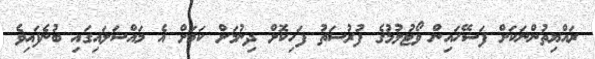
ރައްޔިތުންނަކަށް ފަސޭހައިން ވޯޓުލުމުގެ ފުރުސަތު ފަހިކޮށް ދިނުމަށް ކަމަށް އެ މައްސަލައިގައި ބުނެފައިވެ